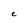
Character: C